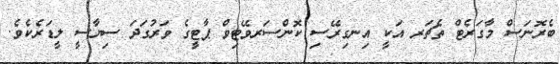
ބެރޮނަސް މާގަރެޓް ތެޗަރ އަކީ އިނގިރޭސި ކޮންސަރވޭޓިވް ޕާޓީގެ ވަރުގަދަ ސިޔާސީ ލީޑަރެކެވެ.